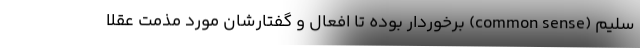
سلیم (common sense) برخوردار بوده تا افعال و گفتارشان مورد مذمت عقلا